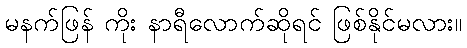
မနက်ဖြန် ကိုး နာရီလောက်ဆိုရင် ဖြစ်နိုင်မလား။